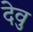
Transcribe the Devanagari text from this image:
देवु